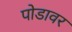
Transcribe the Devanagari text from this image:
पोडावर